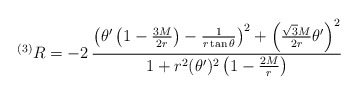
\begin{align*}^{(3)}R = - 2\, \frac{\left( \theta ' \left( 1 - \frac{3M}{2r} \right)- \frac{1}{r \tan \theta } \right) ^2+ \left( \frac{\sqrt{3}M}{2r} \theta ' \right) ^2}{1 + r^2 (\theta ')^2\left( 1 - \frac{2M}{r} \right)} \end{align*}